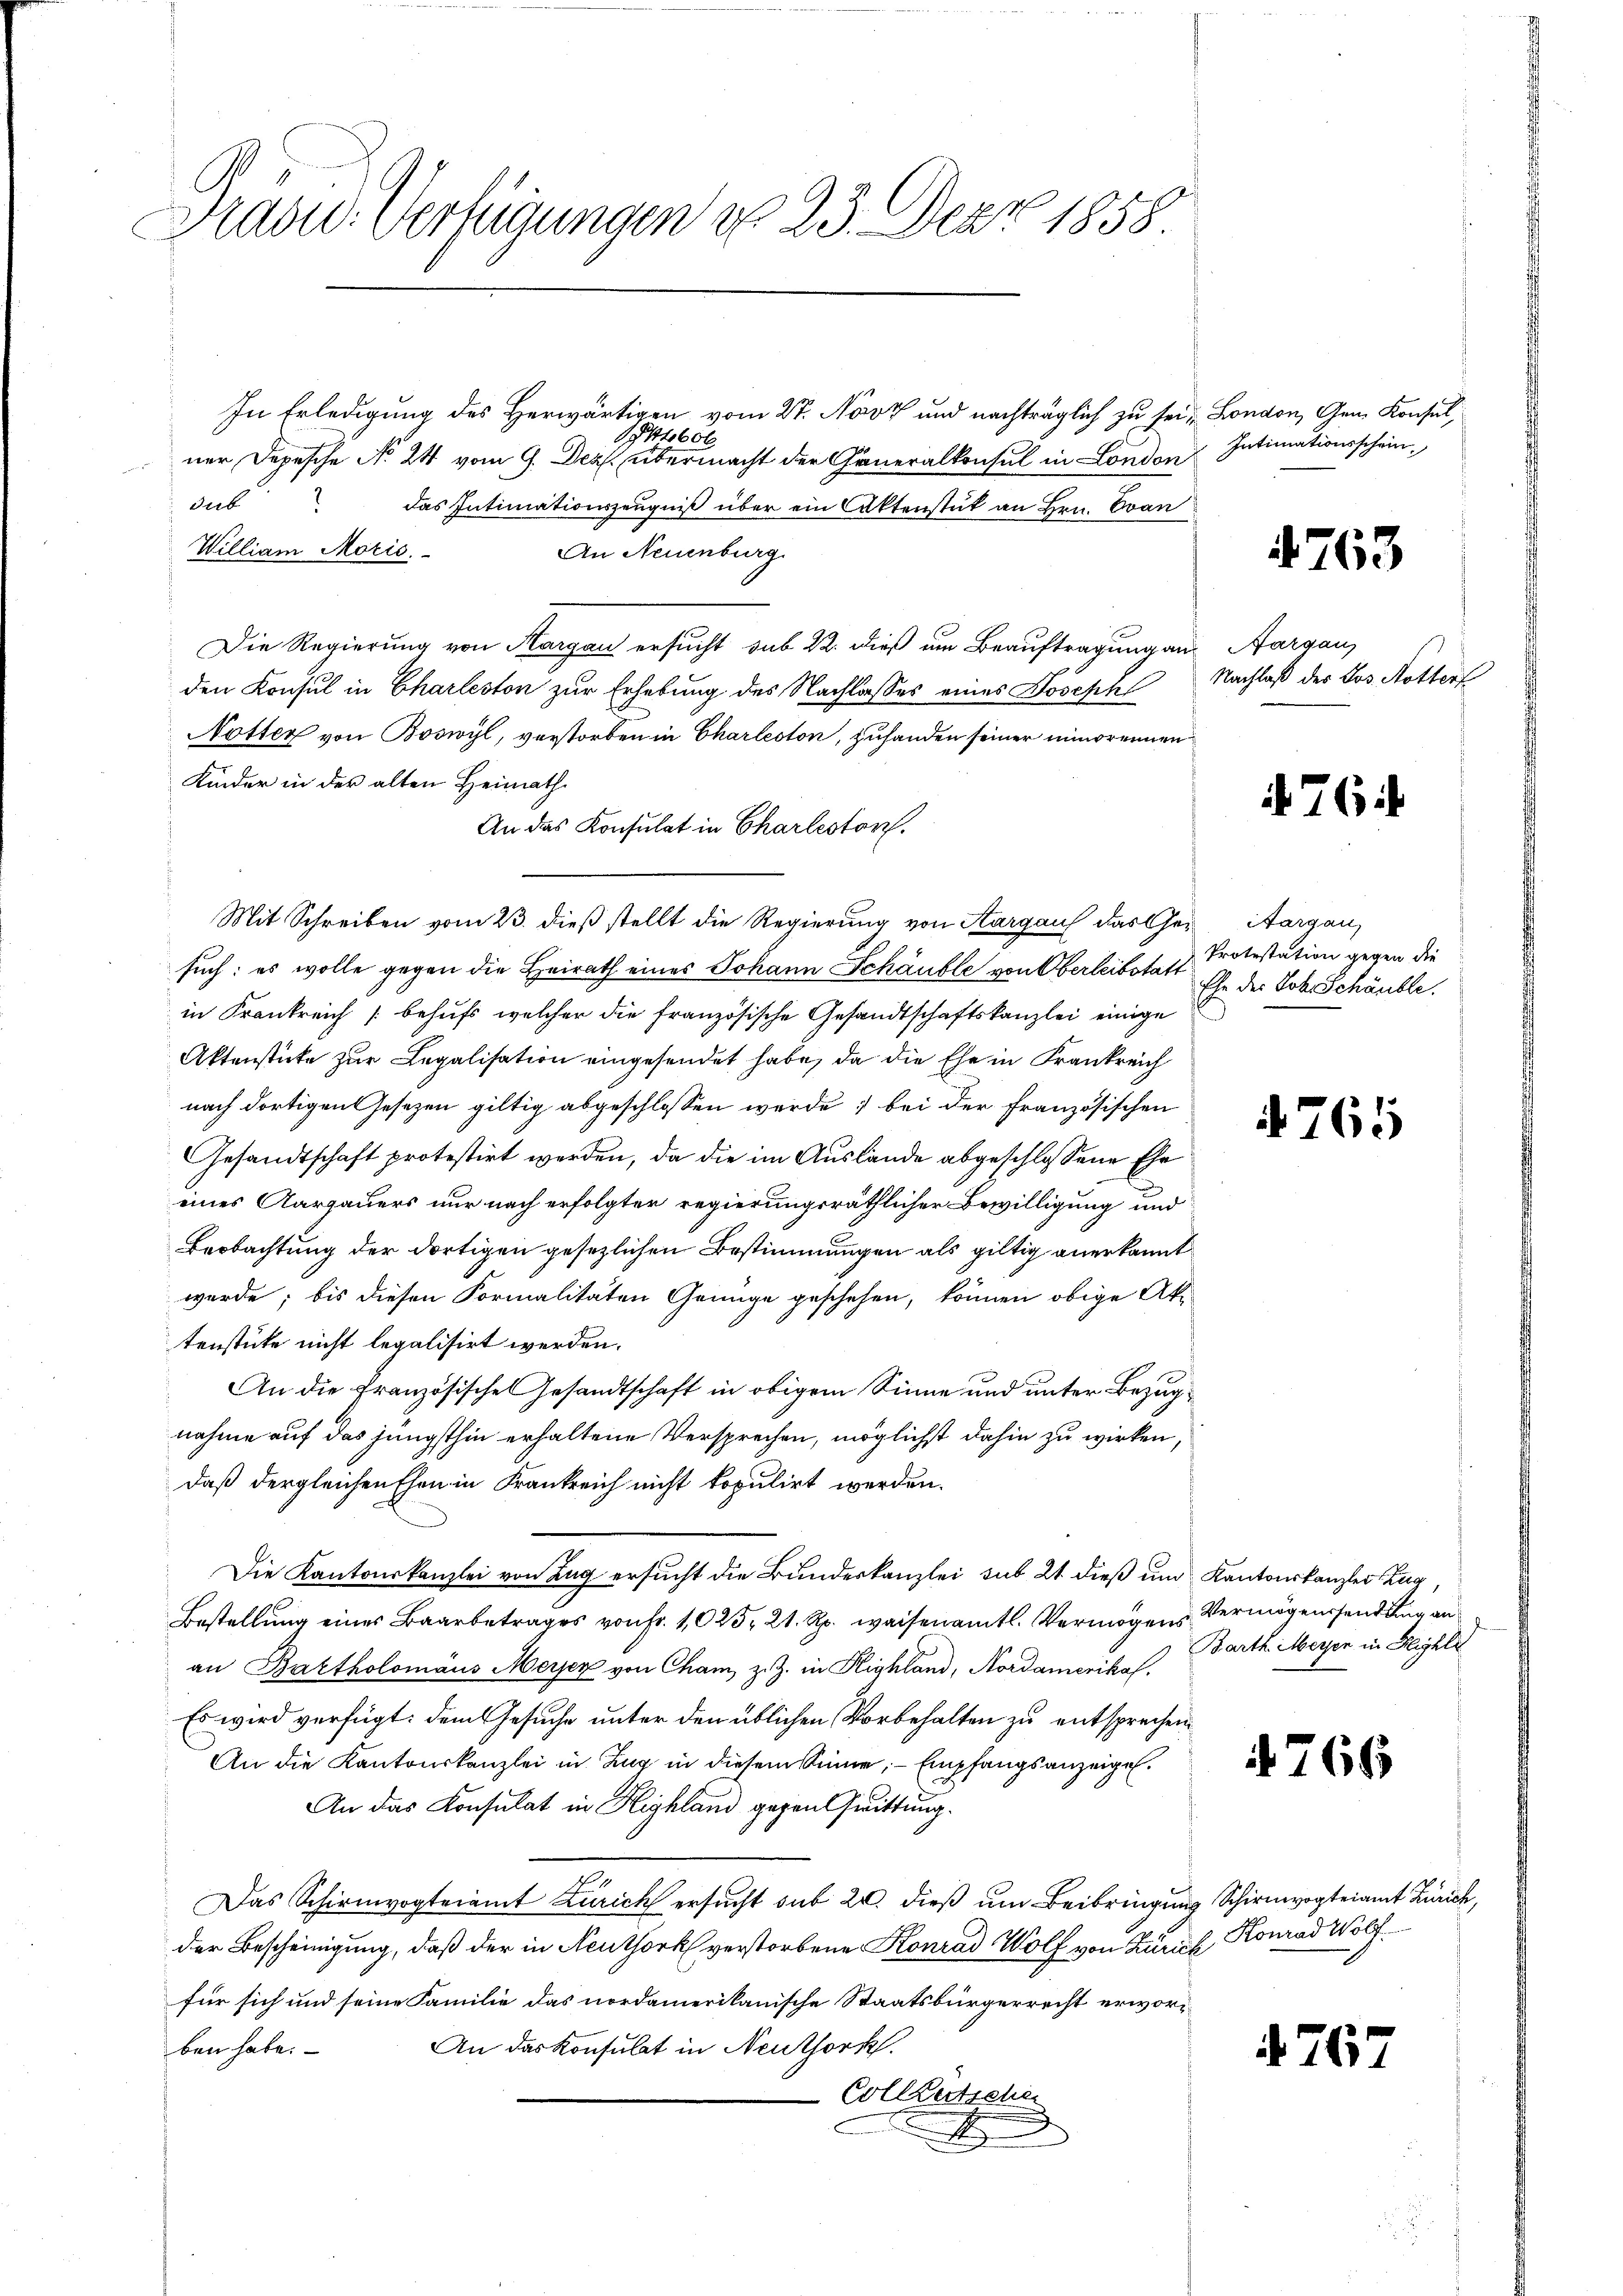
Hradid. Verfügungen v. 23. Der 1858

In Erledigung des Herwärtigen vom 27. Nov und nachträglich zu sei, London, Gem. Konsul
14656
ner Depesche No. 24 vom 9. Dez. übermacht der Generalkonsul in London
sub das Intimationszeugniß über ein Aktenstut an Hrn. Evan
William Moris.
An Neuenburg.
Die Regierung von Aargau ersucht sub. 22. dieß um Beauftragung an Aargau,
den Konsul in Charleston zur Erhebung des Nachlasses eines Joseph Nachlaß der Jos. Notter
NNotter von Boswyl, verstorben in Charleston, zuhanden seiner minorennen
Kinder in der alten Heimath
An das Konsulat in Charlestorf.
Mit Schreiben vom 23. dieß stellt die Regierung von Aargauf das Ge- Aargau,
such: es wolle gegen die Heirath eines Johann Schäuble von Oberleibstatt
in Krankreich behufs welcher die französische Gesandtschaftskanzlei einige
Aktenstücke zur Legalisation eingesendet habe, da die Ehe in Frankreich
nach dortigen Gesetzen giltig abgeschlossen werde; bei der französischen
Gesandtschaft protestirt werden, da die im Auslände abgeschlossene Ehe
eines Aargauers nur nach erfolgter regierungsräthlicher Bewilligung und
Beobachtung der dortigen gesezlichen Bestimmungen als giltig anerkannt
wurde; bis diesen Formalitäten Genüge geschehen, können obige Aka
tenstücke nicht legalisirt werden.
An die Französische Gesandtschaft in obigem Sinne und unter Bezugnahme auf das jüngsthin erhaltene Versprechen, möglichst dahin zu wirken,
daß dergleichen Ehen in Frankreich nicht kopulirt werden.
Die Kantonskanzlei von Zug ersucht die Bundeskanzlei sub 21 dieß und Kantonskanzler Zug,
Bestellung eines Baarbetrages von Fr. 1025. 21. Rp. weisenamtl. Vermögens
an Bartholomäus Meiser von Cham, z. Z. in Highland, Nordamerika.
Es wird verfügt: dem Gesuche unter den üblichen Vorbehalten zu entsprechen.
An die Kantonskanzlei in Zug in diesem Sinne, - Empfangsanzeigel.
An das Konsulat in Highland gegen Quittung.
Das Schirmvogteiamt Zürich ersucht sub 20. dieß um Beibringung Schirmvogteiamt Zürich,
der Bescheinigung, daß der in Neuthork verstorbene Konrad Wolf von Zürich, Konrad Wolf
für sich und seine Familie das nordamerikanische Staatsbürgerrecht erwor¬
An das Konsulat in Neuthork.
ben habe.
Colketsche
d

Intimationsschein,

4763

764

Protestation gegen die
Ehe des Joh. Schändle.

4765

Vermögenssendung an
Barth Meyer in Highli

4766

d 767